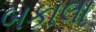
બકાલા